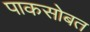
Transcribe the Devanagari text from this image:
पाकसोबत